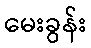
မေးခွန်း